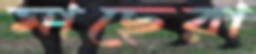
মাছেরা